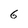
Character: 6